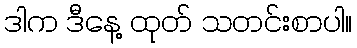
ဒါက ဒီနေ့ ထုတ် သတင်းစာပါ။